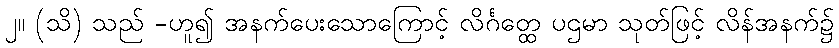
၂။ (သိ) သည် -ဟူ၍ အနက်ပေးသောကြောင့် လိင်္ဂတ္ထေ ပဌမာ သုတ်ဖြင့် လိန်အနက်၌